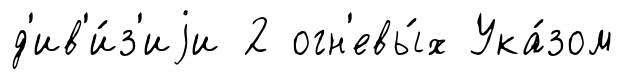
д'ив'и́з'иjи 2 огн'евы́х Ука́зом